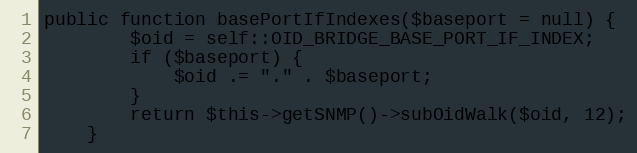
Language: PHP
public function basePortIfIndexes($baseport = null) {
        $oid = self::OID_BRIDGE_BASE_PORT_IF_INDEX;
        if ($baseport) {
            $oid .= "." . $baseport;
        }
        return $this->getSNMP()->subOidWalk($oid, 12);
    }